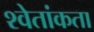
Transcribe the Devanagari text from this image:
श्वेतांकता